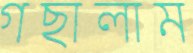
গছালাম